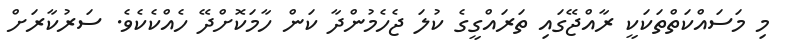
މި މަސައްކަތްތަކަކީ ރާއްޖޭގައި ތަރައްގީގެ ކުލަ ޖެހެމުންދާ ކަން ހާމަކޮށްދޭ ހެއްކެކެވެ. ސަރުކާރަށް